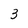
Character: 3